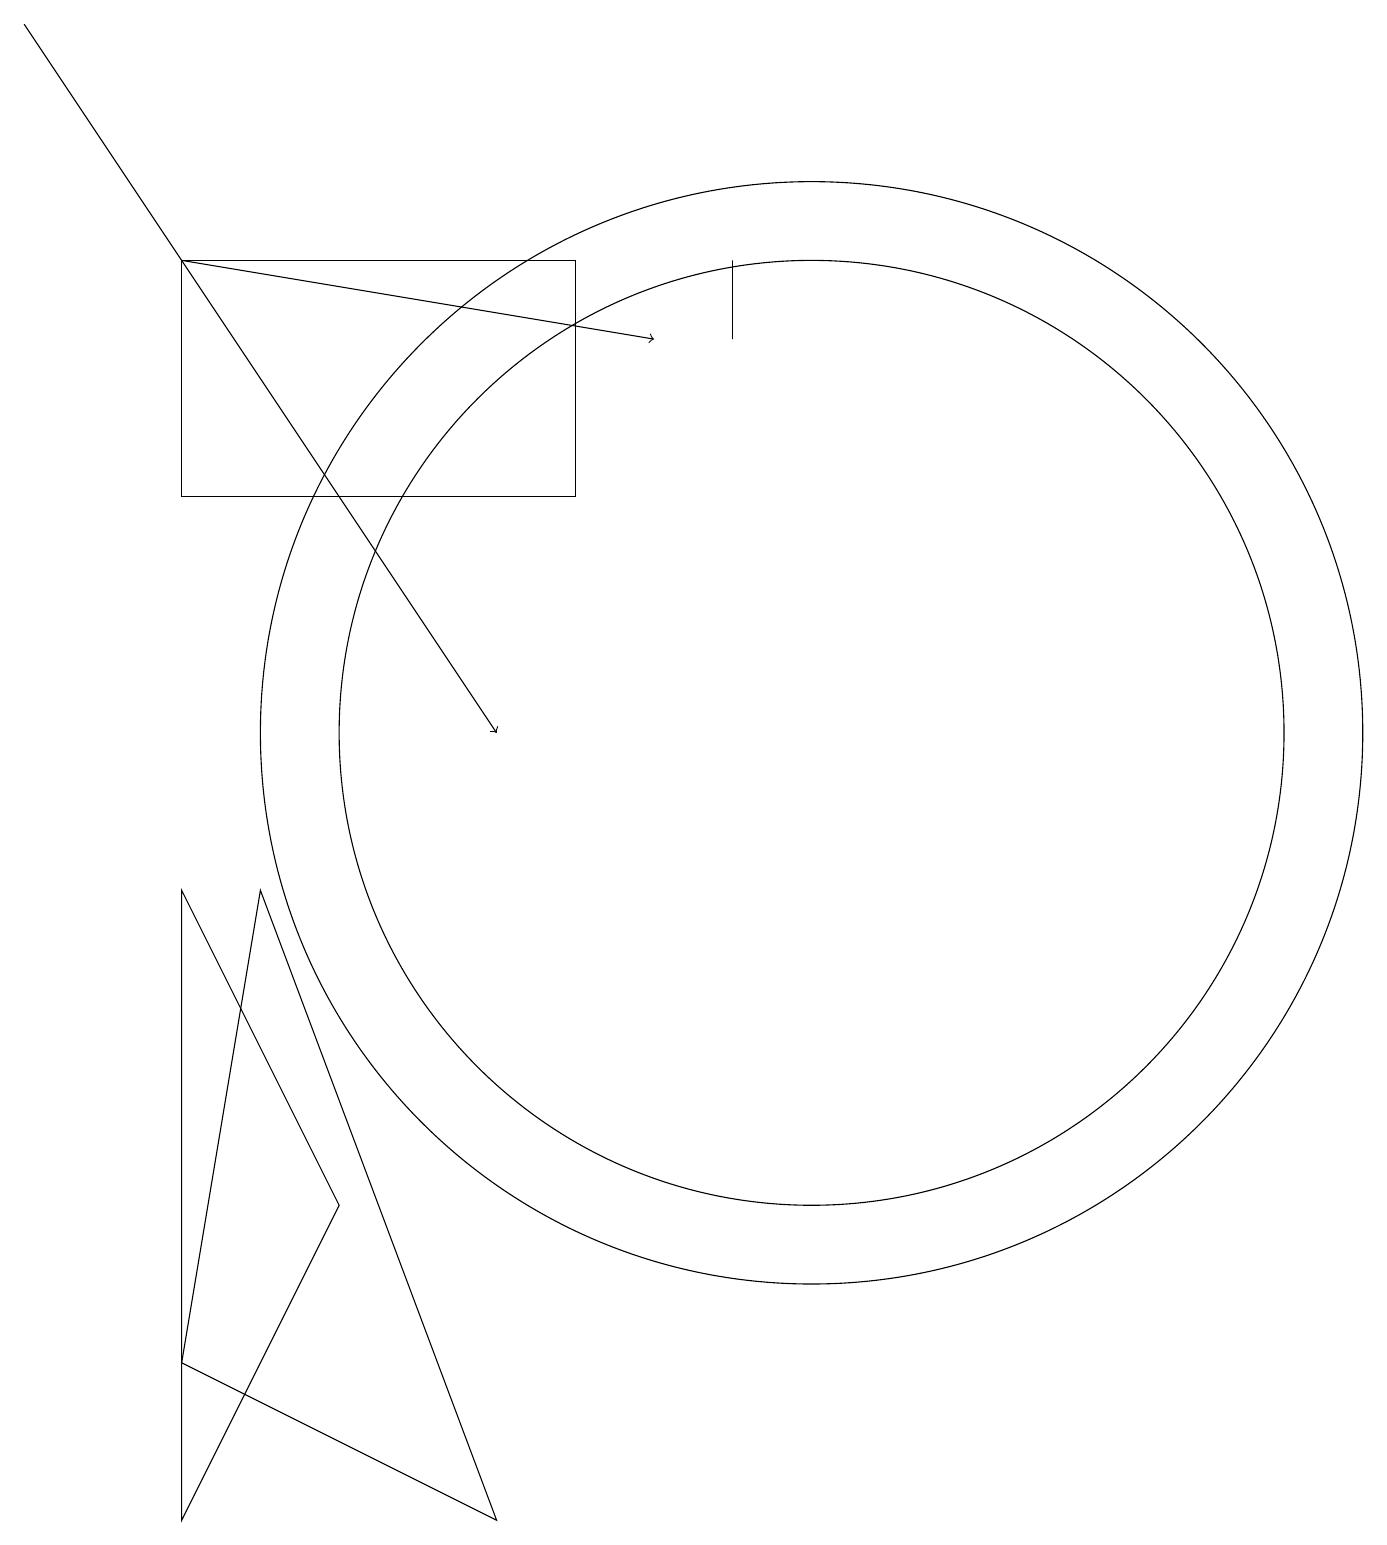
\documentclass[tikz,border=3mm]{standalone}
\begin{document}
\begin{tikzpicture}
\draw (7,16) rectangle (2,13);
\draw (9,16) rectangle (9,15);
\draw (10,10) circle (7);
\draw[->] (0,19) -- (6,10);
\draw[->] (2,16) -- (8,15);
\draw (6,0) -- (2,2) -- (3,8) -- cycle;
\draw (10,10) circle (6);
\draw (2,0) -- (2,8) -- (4,4) -- cycle;
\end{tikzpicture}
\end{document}